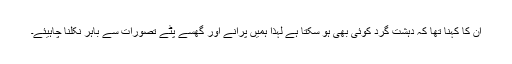
ان کا کہنا تھا کہ دہشت گرد کوئی بھی ہو سکتا ہے لہذا ہمیں پرانے اور گھسے پٹے تصورات سے باہر نکلنا چاہیئے۔